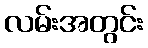
လမ်းအတွင်း